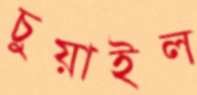
চুয়াইল